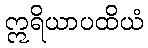
ဣရိယာပထိယံ